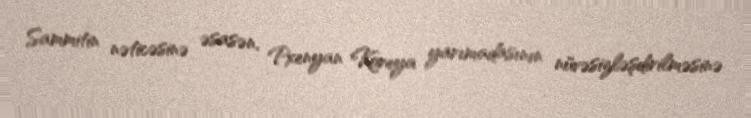
Sammitin nəticəsinə əsasən, Pxenyan Koreya yarımadasının nüvəsizləşdirilməsinə